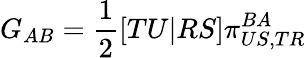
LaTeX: G_{AB}=\frac{1}{2}\left[TU|RS\right]\pi_{US,TR}^{BA}